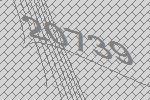
20739